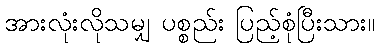
အားလုံးလိုသမျှ ပစ္စည်း ပြည့်စုံပြီးသား။